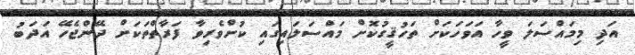
އަދި މިމައްސަލަ ވީހާ އަވަހަކަށް ތަހުޤީގުކޮށް މައްސަލައިގައި ކުށްވެރިވާ ފަރާތްތަކަށް ދޭންޖެހޭ އަދަބު